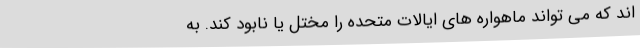
اند که می تواند ماهواره های ایالات متحده را مختل یا نابود کند. به